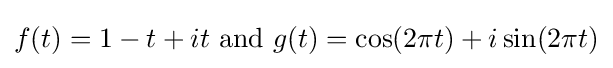
f(t)=1-t+it{\mbox{ and }}g(t)=\cos(2\pi t)+i\sin(2\pi t)